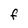
Character: F